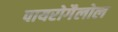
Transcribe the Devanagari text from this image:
पायरोगैलोल